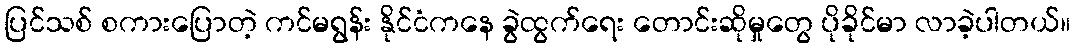
ပြင်သစ် စကားပြောတဲ့ ကင်မရွန်း နိုင်ငံကနေ ခွဲထွက်ရေး တောင်းဆိုမှုတွေ ပိုခိုင်မာ လာခဲ့ပါတယ်။